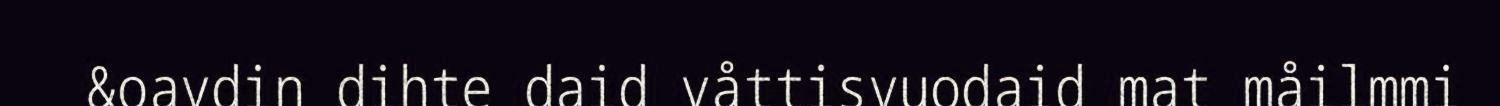
&oavdin dihte daid våttisvuodaid mat måilmmi